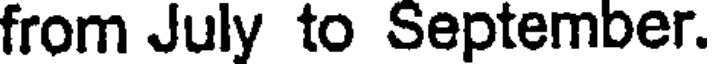
from July to September.